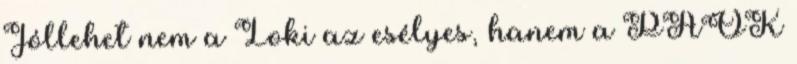
Jóllehet nem a Loki az esélyes, hanem a PAOK